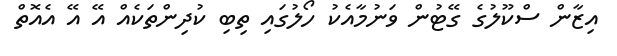
އިޒާން ސްކޫލުގެ ގޭޓުން ވަނުމާއެކު ހޯލުގައި ތިބި ކުދިންތަކެއް އޭ އޭ އެއޮތް